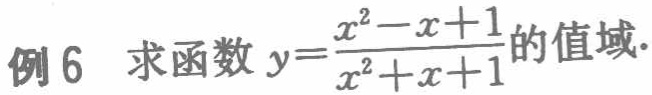
例6 求函数\(y = \frac{x^{2}-x + 1}{x^{2}+x + 1}\)的值域.